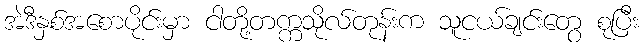
အဲဒီနှစ်အစောပိုင်းမှာ ငါတို့တက္ကသိုလ်တုန်းက သူငယ်ချင်းတွေ စုပြီး